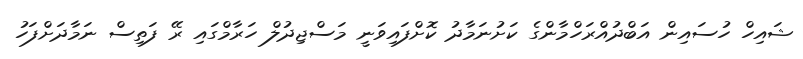
ޝައިހް ހުސައިން އަބްދުއްރަހްމާންގެ ކަށުނަމާދު ކޮށްފައިވަނީ މަސްޖިދުލް ހަރާމްގައި ރޭ ފަތިސް ނަމާދަށްފަހު